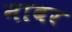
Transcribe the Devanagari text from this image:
नाबर